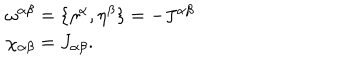
LaTeX: \begin{array} { l } { { \omega ^ { \alpha \beta } = \{ \eta ^ { \alpha } , \eta ^ { \beta } \} = - J ^ { \alpha \beta } } } \\ { { \chi _ { \alpha \beta } = J _ { \alpha \beta } . } } \\ \end{array}